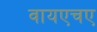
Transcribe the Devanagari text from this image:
वायएचए